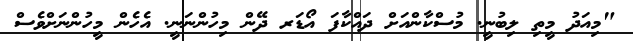
"މިއަދު މީތި ލިބުނީ. މުސްކާންއަށް ދައްކާފަ އޯޑަރ ދޭން މިހުންނަނީ. އެހެން މީހުންނަށްވެސް